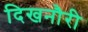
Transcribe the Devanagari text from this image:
दिखनौरी